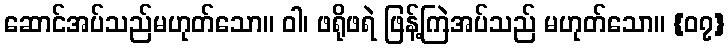
ဆောင်အပ်သည်မဟုတ်သော။ ဝါ၊ ဖရိုဖရဲ ဖြန့်ကြဲအပ်သည် မဟုတ်သော။ {၀၇}